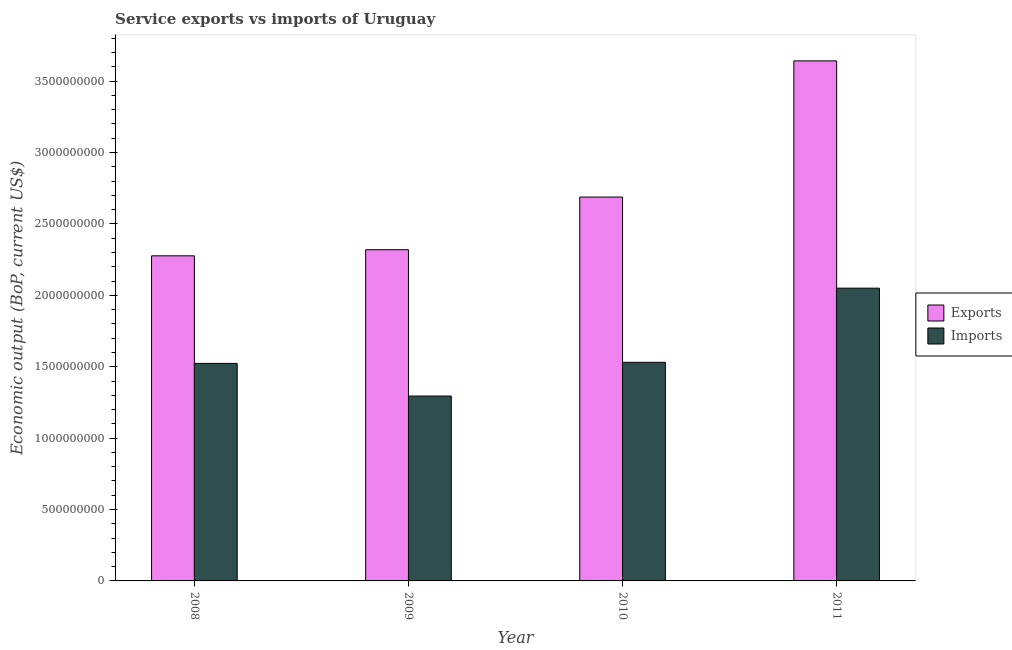
| Year | Exports | Imports |
 | --- | --- | --- |
 | 2008 | 2.28e+09 | 1.52e+09 |
 | 2009 | 2.32e+09 | 1.29e+09 |
 | 2010 | 2.69e+09 | 1.53e+09 |
 | 2011 | 3.64e+09 | 2.05e+09 |